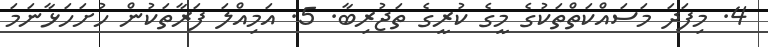
4. މިފަދަ މަސައްކަތްތަކުގެ މީގެ ކުރީގެ ތަޖުރިބާ. 5. އަމިއްލަ ފަރާތަކުން ހުށަހަޅާނަމަ